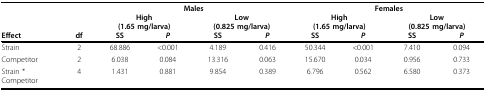
|  |  | <COLSPAN=4> Males | <COLSPAN=7> Females |
 |  |  | <COLSPAN=2> High(1.65 mg/larva) | <COLSPAN=2> Low(0.825 mg/larva) | <COLSPAN=7> High(1.65 mg/larva) | <COLSPAN=8> Low(0.825 mg/larva) |
 | Effect | df | SS | P | SS | P | SS | P | SS | P |  |  |  |  |  |  |  |  |  |  |  |
 | --- | --- | --- | --- | --- | --- | --- | --- | --- | --- | --- | --- | --- |
 | Strain | 2 | 68.886 | < 0.001 | 4.189 | 0.416 | 50.344 | <0.001 | 7.410 | 0.094 |
 | Competitor | 2 | 6.038 | 0.084 | 13.316 | 0.063 | 15.670 | 0.034 | 0.956 | 0.733 |
 | Strain *Competitor | 4 | 1.431 | 0.881 | 9.854 | 0.389 | 6.796 | 0.562 | 6.580 | 0.373 |